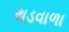
થડવાળા